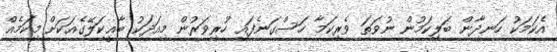
އެކަމަކު ހަނދާން ބަލިކަމުން ނުވަތަ ވެރިކަމާ ހަސްގަނެފައި ހުރިވަރުން މިއަދަކު ބާޣީކަލޭގެއަކަށް މިކަމެއް